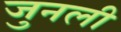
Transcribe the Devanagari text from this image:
जुनली